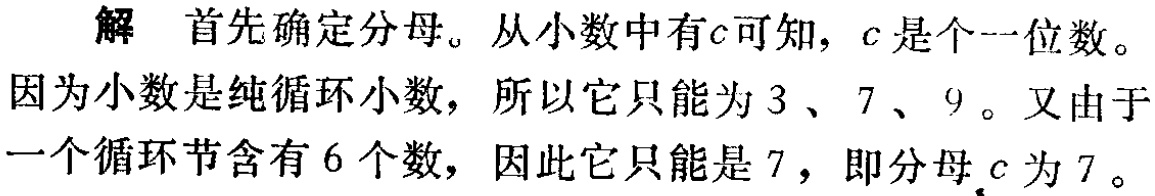
解 首先确定分母。从小数中有\(c\)可知，\(c\)是个一位数。因为小数是纯循环小数，所以它只能为\(3\)、\(7\)、\(9\)。又由于一个循环节含有\(6\)个数，因此它只能是\(7\)，即分母\(c\)为\(7\)。